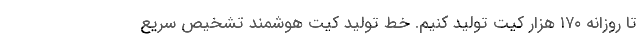
تا روزانه ۱۷۰ هزار کیت تولید کنیم. خط تولید کیت هوشمند تشخیص سریع